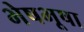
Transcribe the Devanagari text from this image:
भेषभूषा